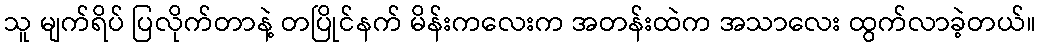
သူ မျက်ရိပ် ပြလိုက်တာနဲ့ တပြိုင်နက် မိန်းကလေးက အတန်းထဲက အသာလေး ထွက်လာခဲ့တယ်။